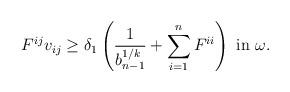
LaTeX: \begin{align*}F^{ij} v_{ij} \geq \delta_1 \left(\frac{1}{b_{n-1}^{1/k}} + \sum_{i=1}^n F^{ii}\right) \mbox{ in } \omega.\end{align*}